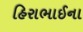
હિરાભાઈના